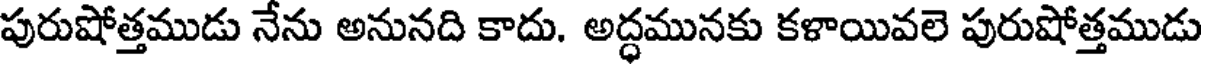
పురుషోత్తముడు నేను అనునది కాదు. అద్ధమునకు కళాయివలె పురుషోత్తముడు